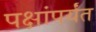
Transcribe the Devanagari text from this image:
पक्षांपर्यंत